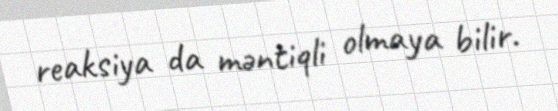
reaksiya da məntiqli olmaya bilir.